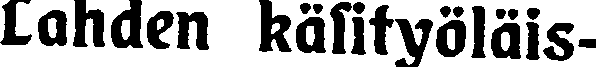
Lahden käsityöläis-